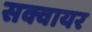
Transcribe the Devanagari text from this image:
सक्वायर